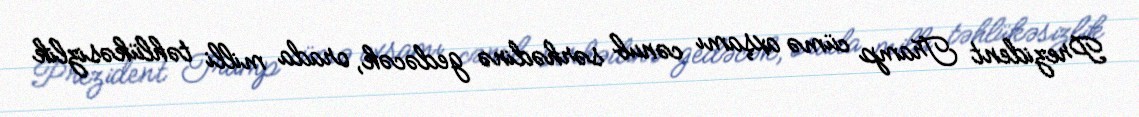
Prezident Tramp cümə axşamı cənub sərhədinə gedəcək, orada milli təhlükəsizlik